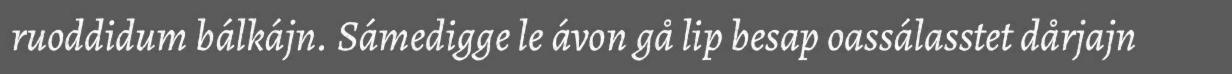
ruoddidum bálkájn. Sámedigge le ávon gå lip besap oassálasstet dårjajn